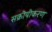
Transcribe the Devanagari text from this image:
सक्रीयीकरण